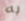
به